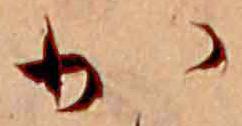
か